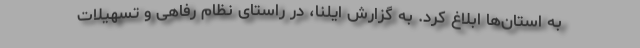
به استان‌ها ابلاغ کرد. به گزارش ایلنا، در راستای نظام رفاهی و تسهیلات